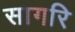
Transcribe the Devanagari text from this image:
सागरि